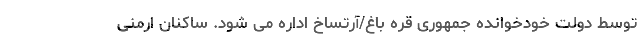
توسط دولت خودخوانده جمهوری قره باغ/آرتساخ اداره می شود. ساکنان ارمنی